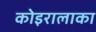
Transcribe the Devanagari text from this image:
कोइरालाका